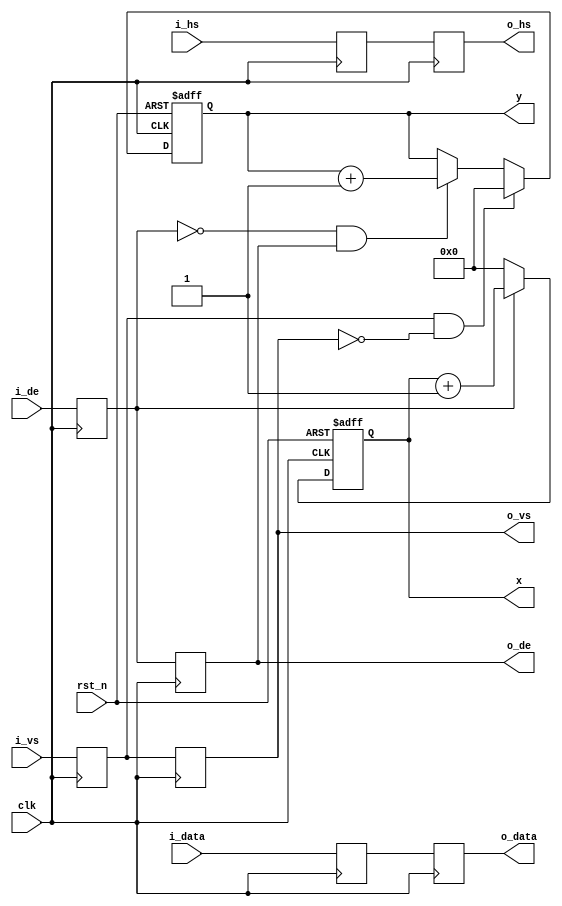
/*******************************************************/
/****                                                  */
/****	*****/
/****                                                  */
/*******************************************************/
///x, y begin from 1 
/*
	
	
DE
*/
module timing_gen_xy(
	input rst_n,            /* */
	input clk,              /* */
	input i_hs,             /* */
	input i_vs,             /* */
	input i_de,             /*DE */
	input[23:0] i_data,     /* */
	output o_hs,            /* */
	output o_vs,            /* */
	output o_de,            /*DE */
	output[23:0] o_data,    /* */
	output[11:0] x,         /*x */
	output[11:0] y          /*y*/
);
reg de_d0;
reg de_d1;
reg vs_d0;
reg vs_d1;
reg hs_d0;
reg hs_d1;
reg[23:0] i_data_d0;
reg[23:0] i_data_d1;
reg[11:0] x_cnt = 12'd0;
reg[11:0] y_cnt = 12'd0;
wire vs_edge;
wire de_falling;
assign vs_edge = vs_d0 && ~vs_d1;
assign de_falling = ~de_d0 && de_d1;
assign o_de = de_d1;
assign o_vs = vs_d1;
assign o_hs = hs_d1;
assign o_data = i_data_d1;
always@(posedge clk)
begin
	de_d0 <= i_de;
	de_d1 <= de_d0;
	vs_d0 <= i_vs;
	vs_d1 <= vs_d0;
	hs_d0 <= i_hs;
	hs_d1 <= hs_d0;
	i_data_d0 <= i_data;
	i_data_d1 <= i_data_d0;
end
always@(posedge clk or negedge rst_n)
begin
	if(~rst_n)
		x_cnt <= 12'd0;
	else if(de_d0)/*DEx*/
		x_cnt <= x_cnt + 12'd1;
	else
		x_cnt <= 12'd0;
end
always@(posedge clk or negedge rst_n)
begin
	if(~rst_n)
		y_cnt <= 12'd0;
	else if(vs_edge)/*y*/
		y_cnt <= 12'd0;
	else if(de_falling)/*1*/
		y_cnt <= y_cnt + 12'd1;
	else
		y_cnt <= y_cnt;
end
assign x = x_cnt;
assign y = y_cnt;
endmodule